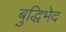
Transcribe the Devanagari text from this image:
बुद्धिभेद